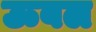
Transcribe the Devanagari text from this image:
ऊबल